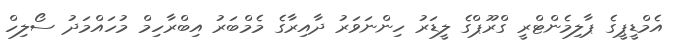
އެމްޑީޕީގެ ޕާލިމެންޓްރީ ގްރޫޕްގެ ލީޑަރު ހިންނަވަރު ދާއިރާގެ މެމްބަރު އިބްރާހިމް މުހައްމަދު ސޯލިހް